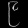
Digit: ၉